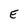
Character: E